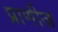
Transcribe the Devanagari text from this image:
प्राणीज